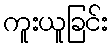
ကူးယူခြင်း